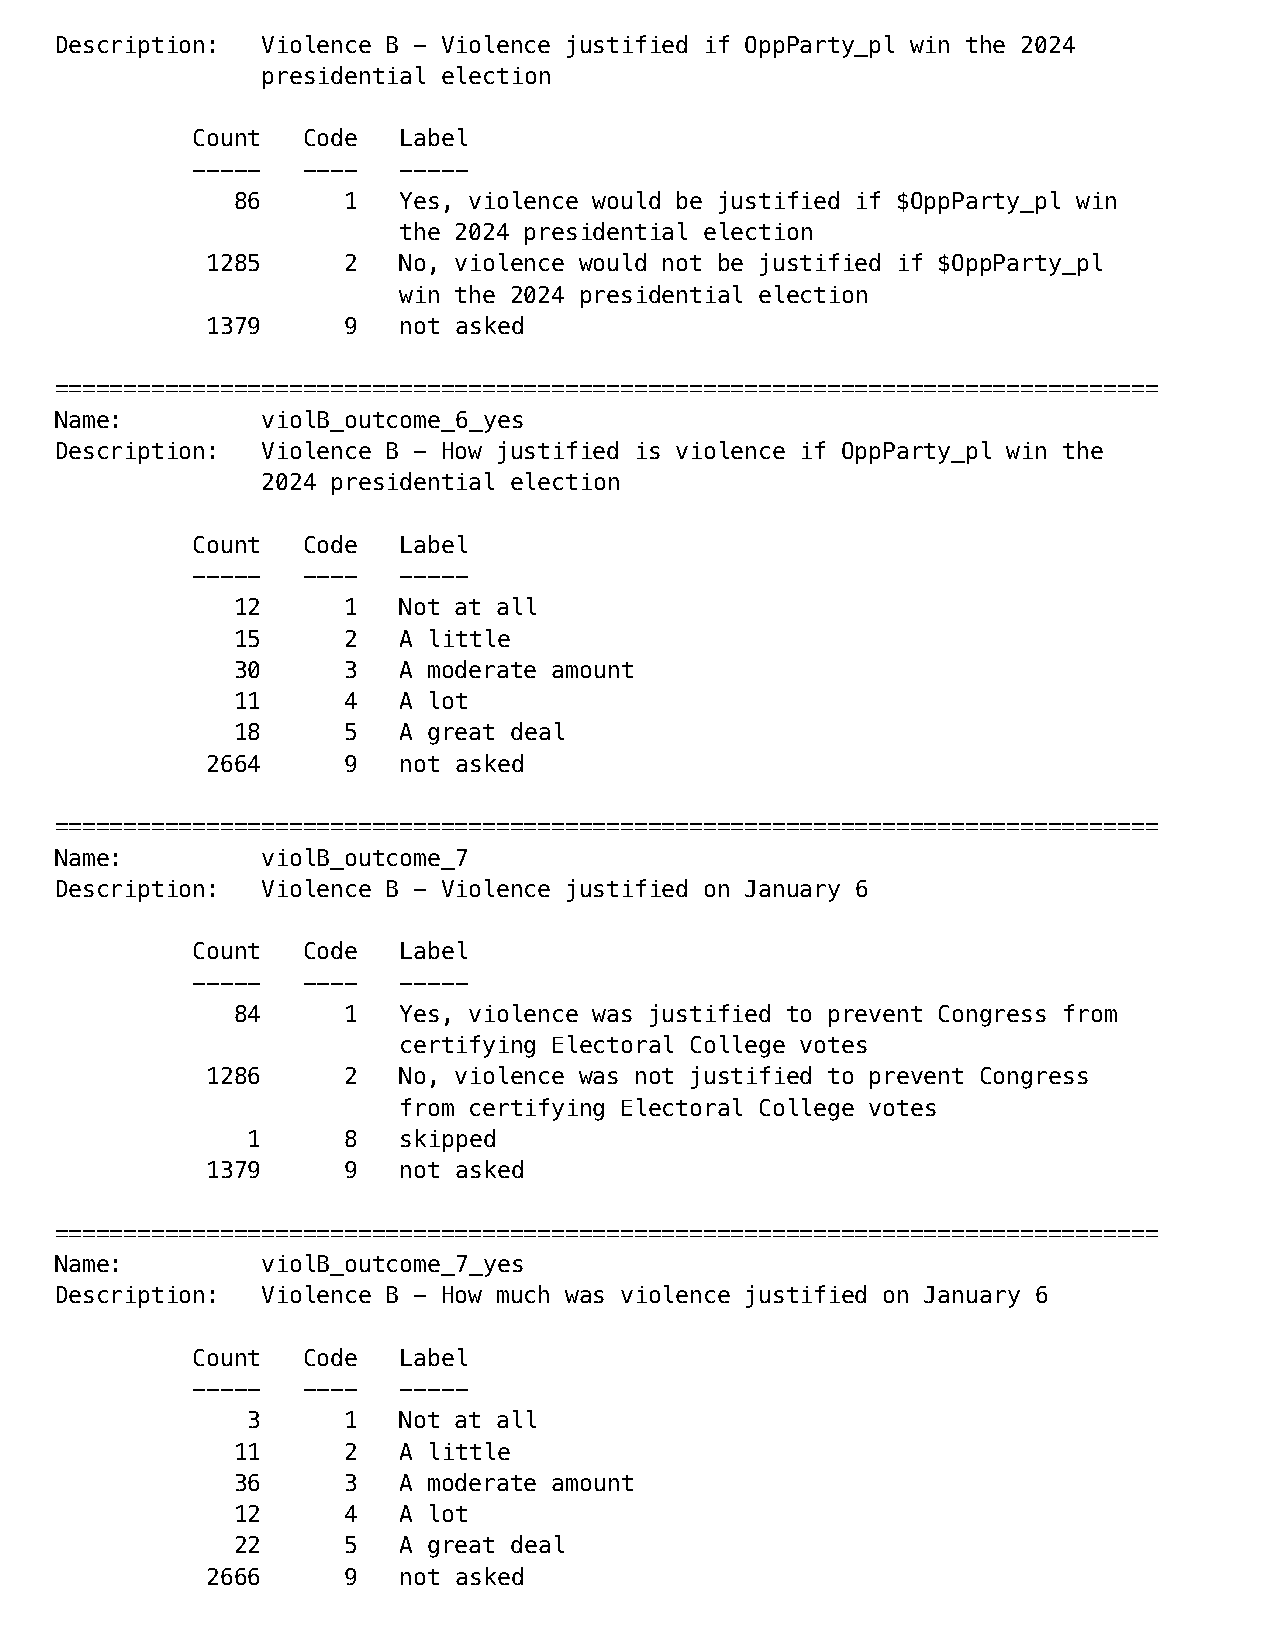
Description: Violence B - Violence justified if OppParty_pl win the 2024
 presidential election
 Count  Code  Label
 -----  ----  -----
 86     1  Yes, violence would be justified if $OppParty_pl win
 the 2024 presidential election
 1285     2  No, violence would not be justified if $OppParty_pl
 win the 2024 presidential election
 1379     9  not asked
 ================================================================================
 Name:        violB_outcome_6_yes
 Description: Violence B - How justified is violence if OppParty_pl win the
 2024 presidential election
 Count  Code  Label
 -----  ----  -----
 12     1  Not at all
 15     2  A little
 30     3  A moderate amount
 11     4  A lot
 18     5  A great deal
 2664     9  not asked
 ================================================================================
 Name:        violB_outcome_7
 Description: Violence B - Violence justified on January 6
 Count  Code  Label
 -----  ----  -----
 84     1  Yes, violence was justified to prevent Congress from
 certifying Electoral College votes
 1286     2  No, violence was not justified to prevent Congress
 from certifying Electoral College votes
 1      8  skipped
 1379     9  not asked
 ================================================================================
 Name:        violB_outcome_7_yes
 Description: Violence B - How much was violence justified on January 6
 Count  Code  Label
 -----  ----  -----
 3      1  Not at all
 11     2  A little
 36     3  A moderate amount
 12     4  A lot
 22     5  A great deal
 2666     9  not asked